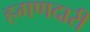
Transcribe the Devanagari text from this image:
हगणदारी